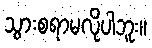
သွားစရာမလိုပါဘူး။